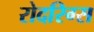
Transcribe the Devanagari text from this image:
रोदरिग्स